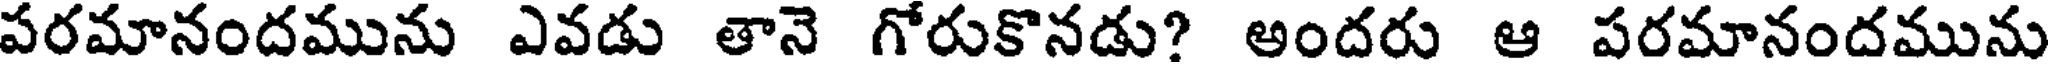
పరమానందమును ఎవడు తానె గోరుకొనడు? అందరు ఆ పరమానందమును